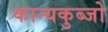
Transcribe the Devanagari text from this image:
कान्यकुब्जो